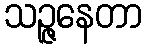
သဉ္ဇနေတာ